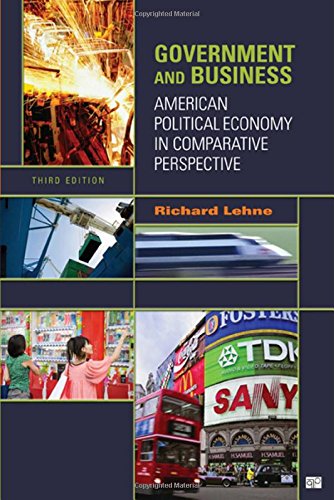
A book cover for Government and Business: American Political Economy in Comparative Perspective; Richard Lehne; Business & Money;